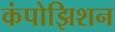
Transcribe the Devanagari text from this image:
कंपोझिशन